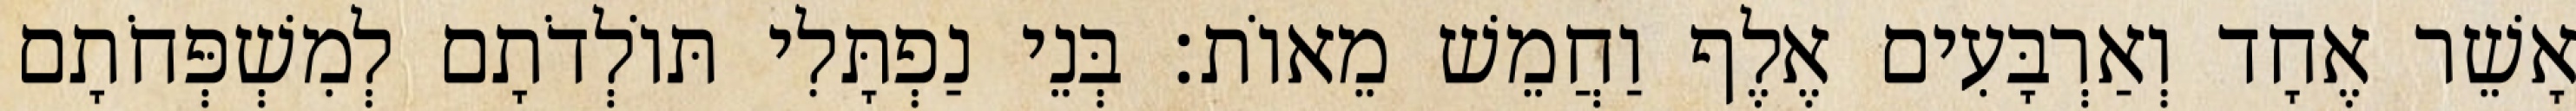
אָשֵׁר אֶחָד וְאַרְבָּעִים אֶלֶף וַחֲמֵשׁ מֵאוֹת׃ בְּנֵי נַפְתָּלִי תּוֹלְדֹתָם לְמִשְׁפְּחֹתָם